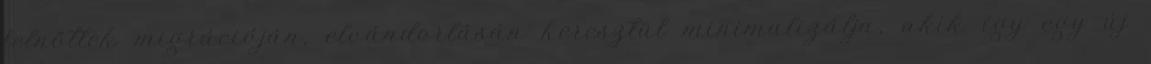
felnőttek migrációján, elvándorlásán keresztül minimalizálja, akik így egy új